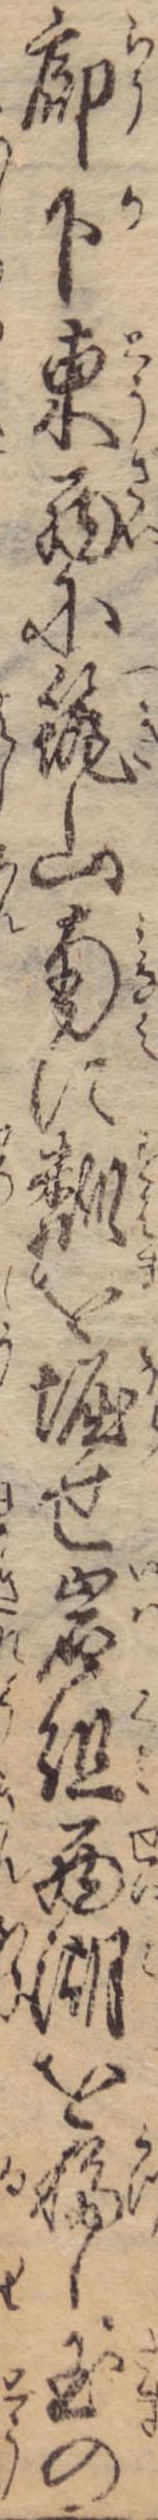
廊下東西に筑山南にを堀せ岩組西湖を移し玉の